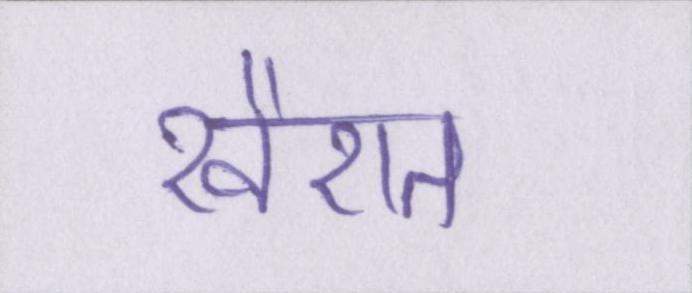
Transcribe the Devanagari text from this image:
खैरात